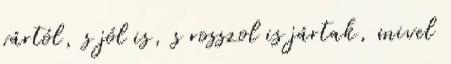
vártól, s jól is, s rosszol is jártak, mivel